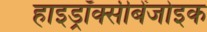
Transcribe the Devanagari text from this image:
हाइड्रॉक्सीबेंजोइक